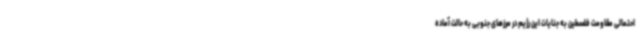
احتمالی مقاومت فلسطین به جنایات این رژیم در مرزهای جنوبی به حالت آماده